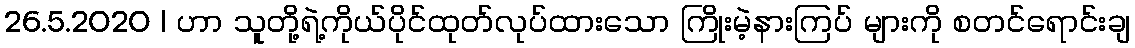
26.5.2020 | ဟာ သူတို့ရဲ့ကိုယ်ပိုင်ထုတ်လုပ်ထားသော ကြိုးမဲ့နားကြပ် များကို စတင်ရောင်းချ